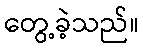
တွေ့ခဲ့သည်။